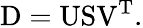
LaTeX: \mathrm{D}=\mathrm{US}\mathrm{V}^{\mathrm{T}}.